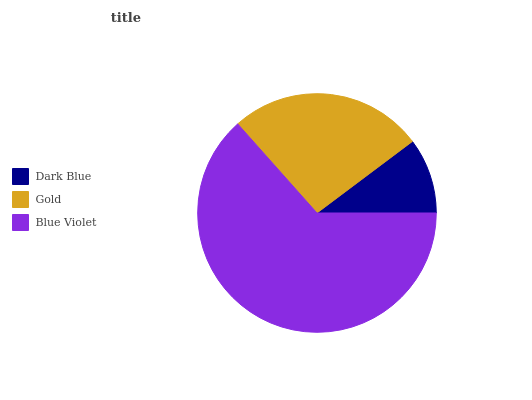
| Dark Blue | Gold | Blue Violet |
 | --- | --- | --- |
 | 10.2% | 26.3% | 63.5% |